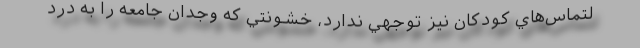
لتماس‌هاي كودكان نيز توجهي ندارد، خشونتي كه وجدان جامعه را به درد